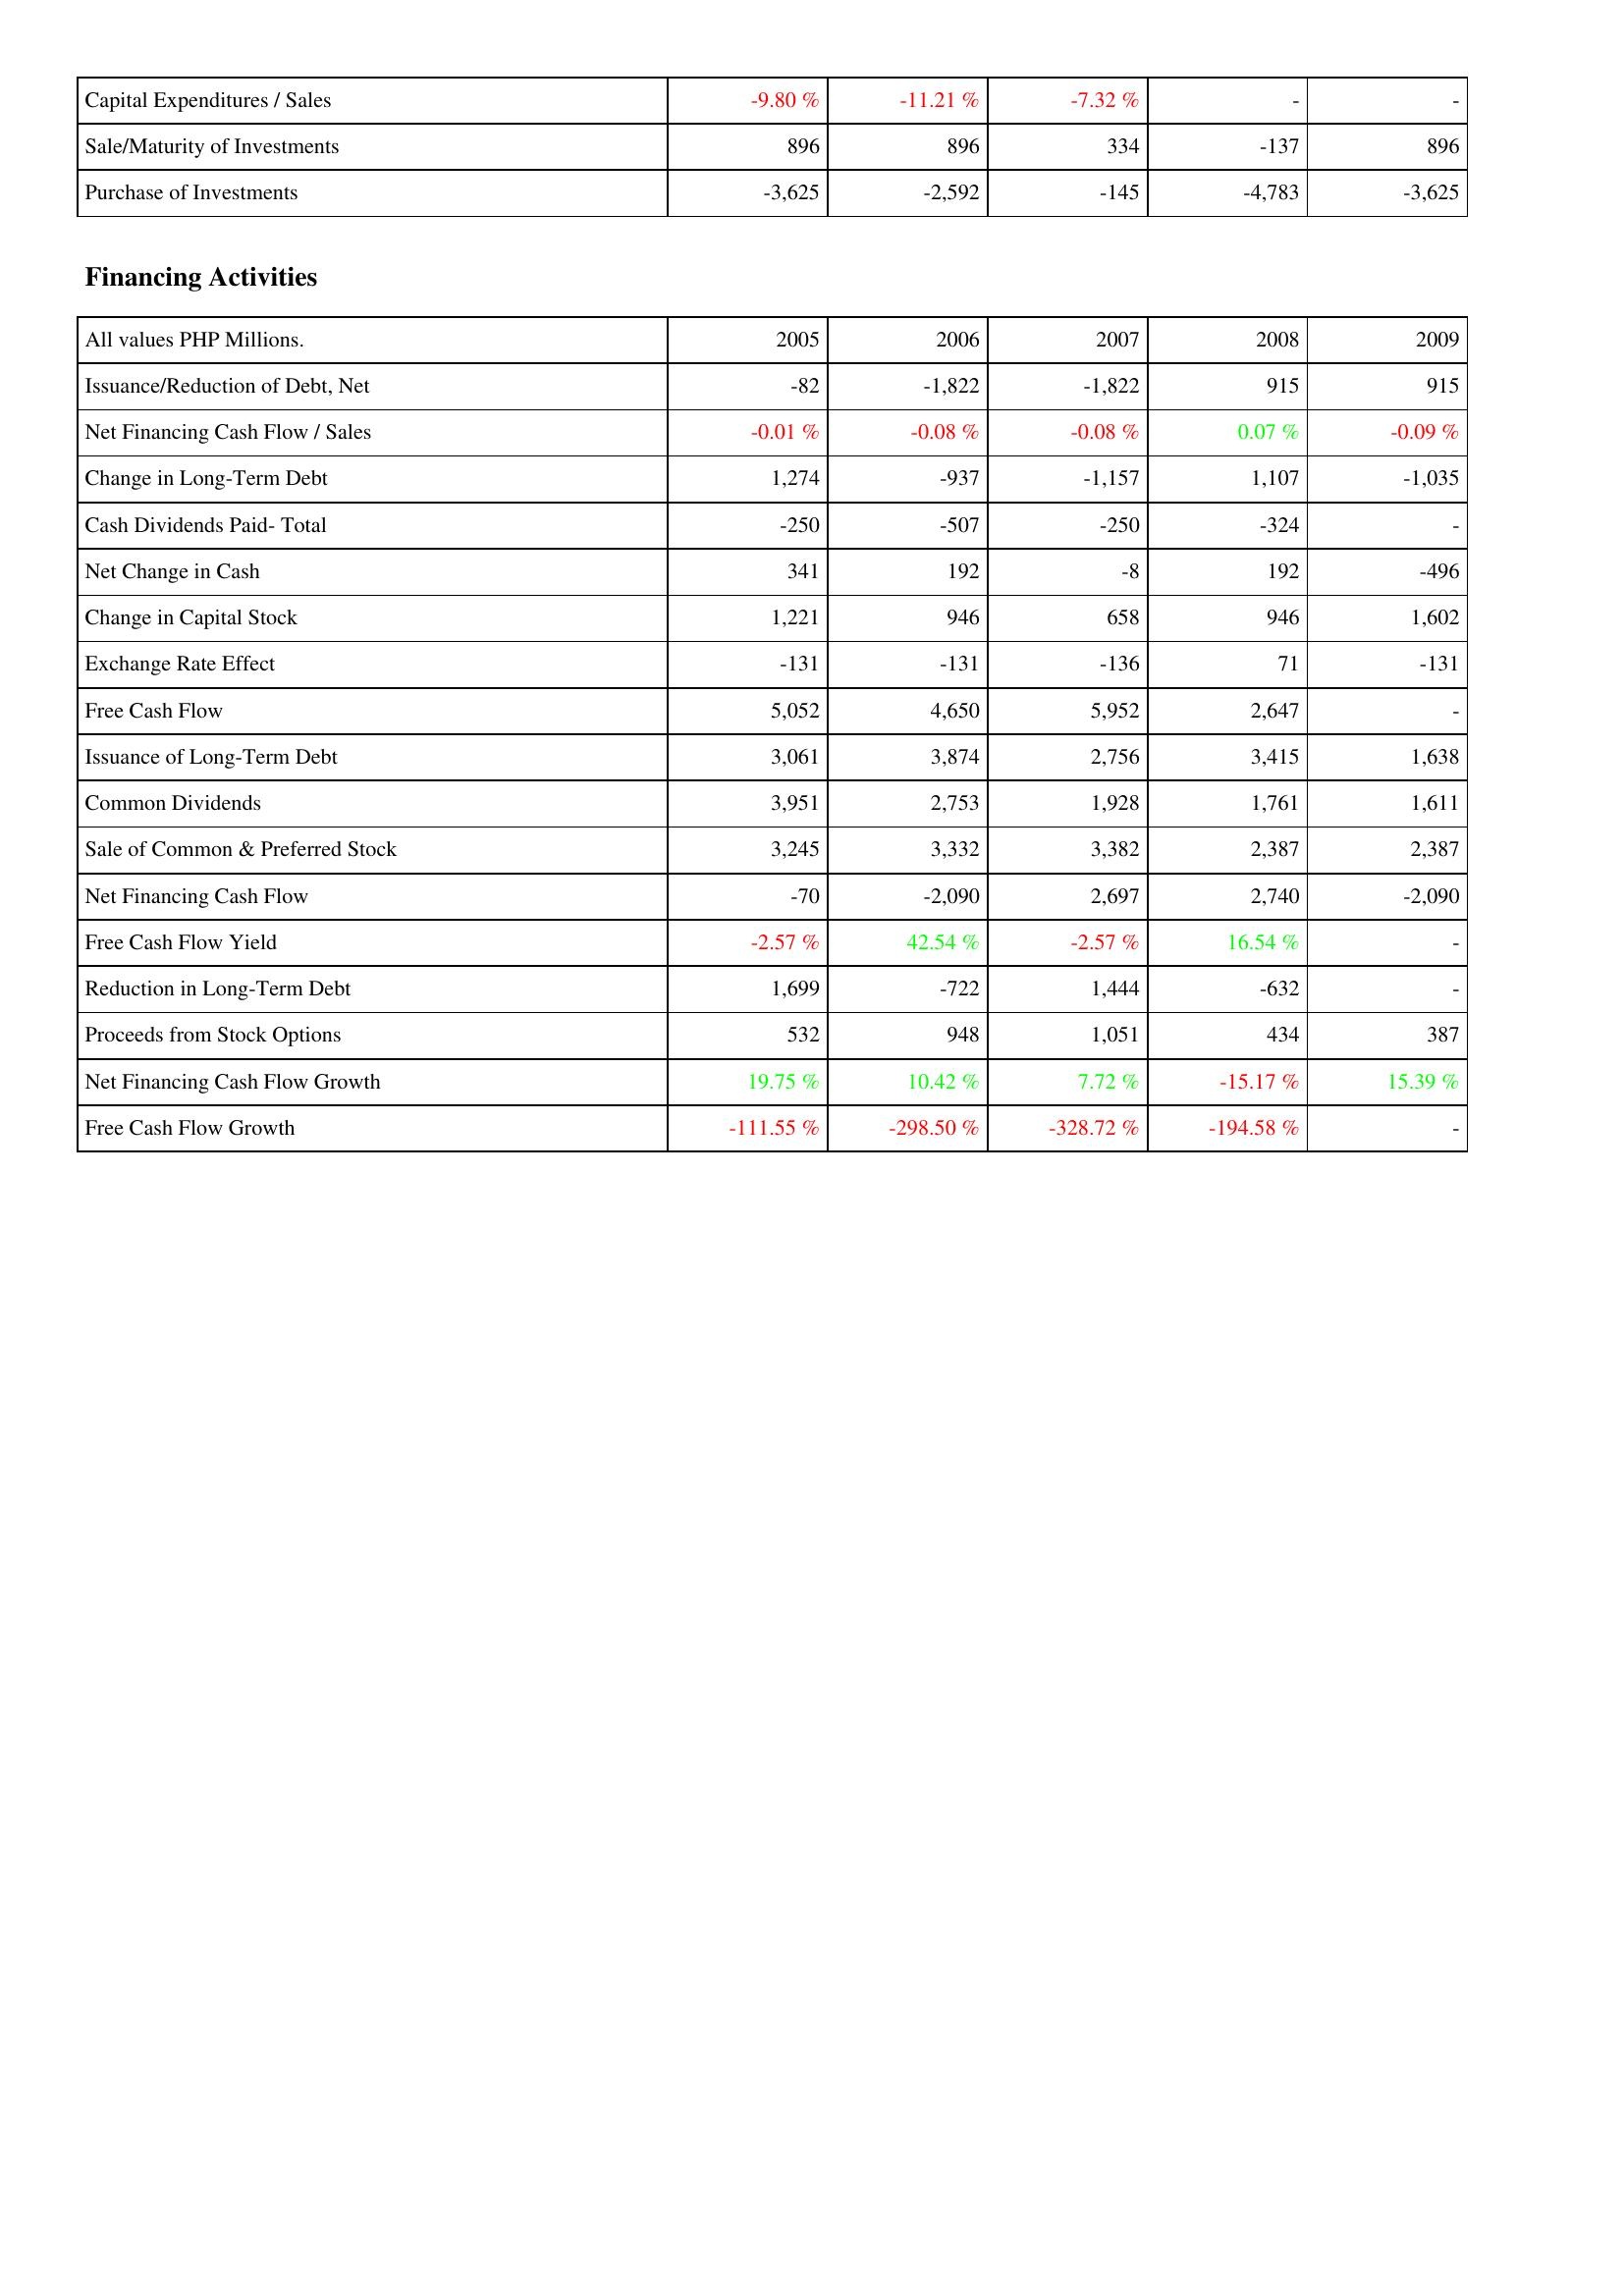
2005: Investing Activities: Capital Expenditures / Sales: -9.80 %
Sale/Maturity of Investments: 896
Purchase of Investments: -3,625
Financing Activities: Issuance/Reduction of Debt, Net: -82
Net Financing Cash Flow / Sales: -0.01 %
Change in Long-Term Debt: 1,274
Cash Dividends Paid- Total: -250
Net Change in Cash: 341
Change in Capital Stock: 1,221
Exchange Rate Effect: -131
Free Cash Flow: 5,052
Issuance of Long-Term Debt: 3,061
Common Dividends: 3,951
Sale of Common & Preferred Stock: 3,245
Net Financing Cash Flow: -70
Free Cash Flow Yield: -2.57 %
Reduction in Long-Term Debt: 1,699
Proceeds from Stock Options: 532
Net Financing Cash Flow Growth: 19.75 %
Free Cash Flow Growth: -111.55 %
2006: Investing Activities: Capital Expenditures / Sales: -11.21 %
Sale/Maturity of Investments: 896
Purchase of Investments: -2,592
Financing Activities: Issuance/Reduction of Debt, Net: -1,822
Net Financing Cash Flow / Sales: -0.08 %
Change in Long-Term Debt: -937
Cash Dividends Paid- Total: -507
Net Change in Cash: 192
Change in Capital Stock: 946
Exchange Rate Effect: -131
Free Cash Flow: 4,650
Issuance of Long-Term Debt: 3,874
Common Dividends: 2,753
Sale of Common & Preferred Stock: 3,332
Net Financing Cash Flow: -2,090
Free Cash Flow Yield: 42.54 %
Reduction in Long-Term Debt: -722
Proceeds from Stock Options: 948
Net Financing Cash Flow Growth: 10.42 %
Free Cash Flow Growth: -298.50 %
2007: Investing Activities: Capital Expenditures / Sales: -7.32 %
Sale/Maturity of Investments: 334
Purchase of Investments: -145
Financing Activities: Issuance/Reduction of Debt, Net: -1,822
Net Financing Cash Flow / Sales: -0.08 %
Change in Long-Term Debt: -1,157
Cash Dividends Paid- Total: -250
Net Change in Cash: -8
Change in Capital Stock: 658
Exchange Rate Effect: -136
Free Cash Flow: 5,952
Issuance of Long-Term Debt: 2,756
Common Dividends: 1,928
Sale of Common & Preferred Stock: 3,382
Net Financing Cash Flow: 2,697
Free Cash Flow Yield: -2.57 %
Reduction in Long-Term Debt: 1,444
Proceeds from Stock Options: 1,051
Net Financing Cash Flow Growth: 7.72 %
Free Cash Flow Growth: -328.72 %
2008: Investing Activities: Capital Expenditures / Sales: -
Sale/Maturity of Investments: -137
Purchase of Investments: -4,783
Financing Activities: Issuance/Reduction of Debt, Net: 915
Net Financing Cash Flow / Sales: 0.07 %
Change in Long-Term Debt: 1,107
Cash Dividends Paid- Total: -324
Net Change in Cash: 192
Change in Capital Stock: 946
Exchange Rate Effect: 71
Free Cash Flow: 2,647
Issuance of Long-Term Debt: 3,415
Common Dividends: 1,761
Sale of Common & Preferred Stock: 2,387
Net Financing Cash Flow: 2,740
Free Cash Flow Yield: 16.54 %
Reduction in Long-Term Debt: -632
Proceeds from Stock Options: 434
Net Financing Cash Flow Growth: -15.17 %
Free Cash Flow Growth: -194.58 %
2009: Investing Activities: Capital Expenditures / Sales: -
Sale/Maturity of Investments: 896
Purchase of Investments: -3,625
Financing Activities: Issuance/Reduction of Debt, Net: 915
Net Financing Cash Flow / Sales: -0.09 %
Change in Long-Term Debt: -1,035
Cash Dividends Paid- Total: -
Net Change in Cash: -496
Change in Capital Stock: 1,602
Exchange Rate Effect: -131
Free Cash Flow: -
Issuance of Long-Term Debt: 1,638
Common Dividends: 1,611
Sale of Common & Preferred Stock: 2,387
Net Financing Cash Flow: -2,090
Free Cash Flow Yield: -
Reduction in Long-Term Debt: -
Proceeds from Stock Options: 387
Net Financing Cash Flow Growth: 15.39 %
Free Cash Flow Growth: -